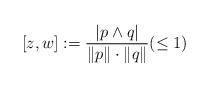
LaTeX: \begin{gather*} [z,w]:=\frac{|p\wedge q|}{\|p\|\cdot\|q\|}(\le 1) \end{gather*}